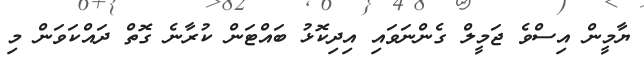
ޔާމީން އިސްވެ ޖަމީލް ގެންނަވައި އިދިކޮޅު ބައްޓަން ކުރާނެ ގޮތް ދައްކަވަން މި